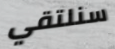
سنلتقي